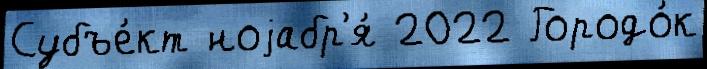
Субъе́кт ноjабр'я́ 2022 Городо́к